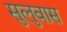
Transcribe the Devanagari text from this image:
सुलुवास